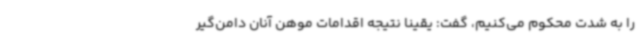
را به شدت محکوم می‌کنیم، گفت: یقیناً نتیجه اقدامات موهن آنان دامن‌گیر